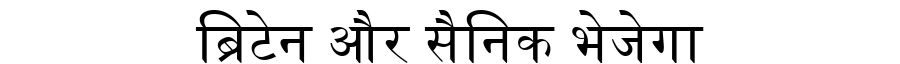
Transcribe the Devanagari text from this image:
ब्रिटेन और सैनिक भेजेगा